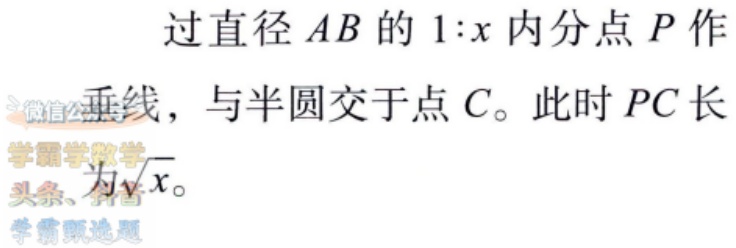
过直径 \(AB\) 的 \(1:x\) 内分点 \(P\) 作垂线，与半圆交于点 \(C\)。此时 \(PC\) 长为\(\sqrt{x}\)。